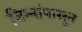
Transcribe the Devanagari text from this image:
जिन्नांपासून